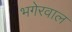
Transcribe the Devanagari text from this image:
भगेरवाल